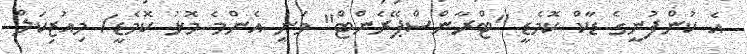
އެ ކުންފުނީގެ ޑާކް ކޮމެޑީ "ޓްރާންސްޕޭރެންޓް" ވަނީ އެންމެ މޮޅު ކޮމެޑީ/ މިއުޒިކަލް